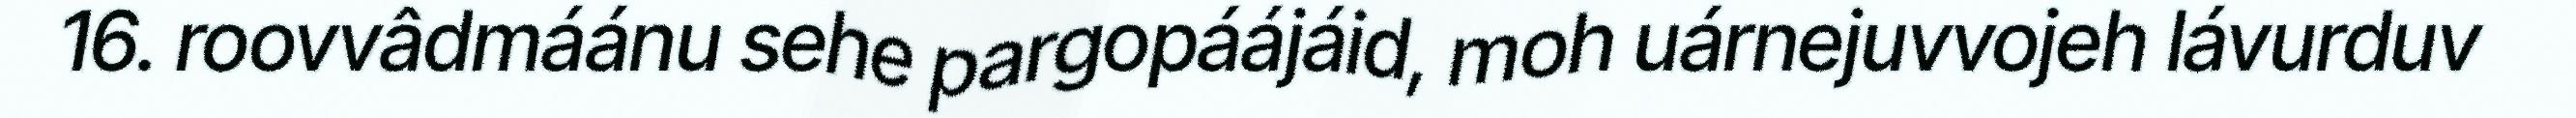
16. roovvâdmáánu sehe pargopáájáid, moh uárnejuvvojeh lávurduv